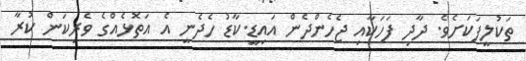
ތަކުލީފަކަށެވެ. ދާދި ފަހަކާއި ޖެހެންދެން އައިޑީ.ކާޑު ހެދެނީ އެ އަތޮޅެއްގެ ވެރިކަން ކުރާ